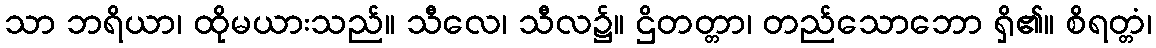
သာ ဘရိယာ၊ ထိုမယားသည်။ သီလေ၊ သီလ၌။ ဌိတတ္တာ၊ တည်သောဘော ရှိ၏။ စိရတ္တံ၊